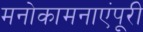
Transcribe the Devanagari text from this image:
मनोकामनाएंपूरी